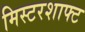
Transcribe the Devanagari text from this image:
मिस्टरशाफ्ट